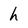
Character: h